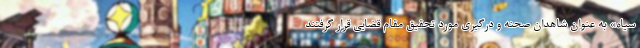
سیاه» به عنوان شاهدان صحنه و درگیری مورد تحقیق مقام قضایی قرار گرفتند